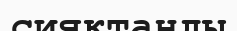
сияқтанды